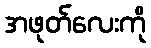
အဖုတ်လေးကို